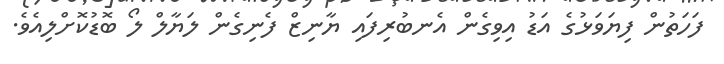
ފަހަތުން ފިޔަވަޅުގެ އަޑު އިވިގެން އެނބުރިފައި ޔާނިޒް ފެނިގެން ލަޔާލް ލޯ ބޮޑުކޮށްލިއެވެ.